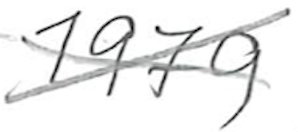
Text: 1979
Cross-out: cross
Writing tool: pencil